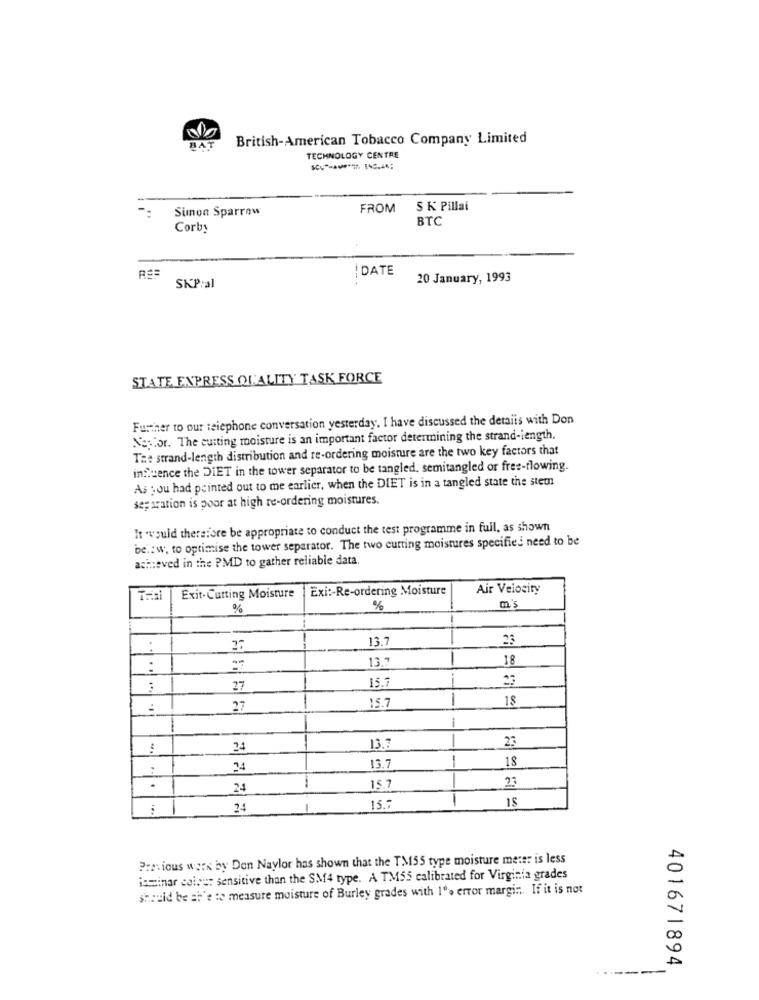
BAT
British-American Tobacco Company Limited
TECHNOLOGY CENTRE
Simon Sparrow
FROM
S K Pillai
BTC
Corby
DATE
20 January, 1993
SKP:al
STATE EXPRESS QUALITY TASK FORCE
Further to our telephone conversation yesterday. I have discussed the details with Don
Nestor. The cutting moisture is an important factor determining the strand-iength.
Te: strand-length distribution and re-ordering moisture are the two key factors that
influence the DIET in the tower separator to be tangled. semitangled or free-flowing.
As you had pointed out to me earlier, when the DIET is in a tangled state the stem
separation is poor at high re-ordering moistures.
It "would therefore be appropriate to conduct the test programme in full, as shown
be .: w. to optimise the tower separator. The two cutting moistures specified need to be
achieved in the PMD to gather reliable data.
Exi :- Re-ordering Moisture
Air Velocity
Thai
Exit-Cutting Moisture
%
m'
13.7
23
27
13.5
18
.....
15.7
23
27
15.7
1
18
:
27
1
23
24
-
13.
1
18
24
13.7
23
.
24
1
15.7
1
IS
24
15.7
Previous work by Don Naylor has shown that the TM55 type moisture meter is less
iaminar coins: sensitive than the SM4 type. A TMS5 calibrated for Virginia grades
should be sh'e to measure moisture of Burley grades with 1% error margin. If it is not
401671894
-----